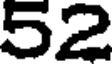
52